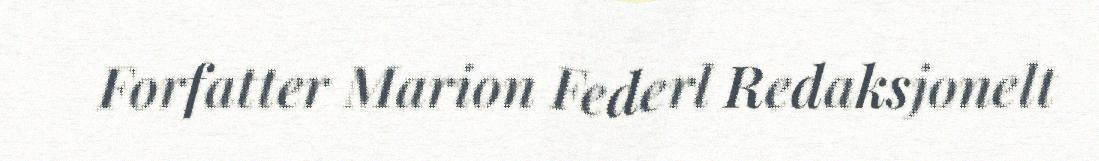
Forfatter Marion Federl Redaksjonelt